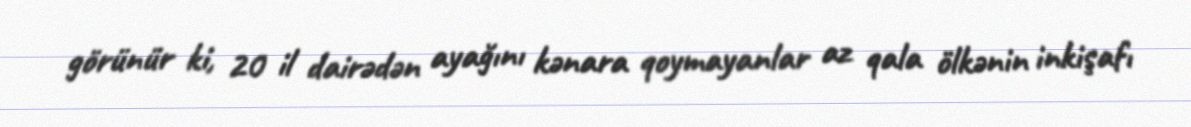
görünür ki, 20 il dairədən ayağını kənara qoymayanlar az qala ölkənin inkişafı